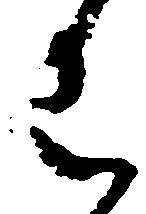
わ